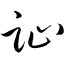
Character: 趾